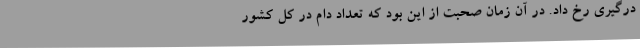
درگیری رخ داد. در آن زمان صحبت از این بود که تعداد دام در کل کشور